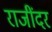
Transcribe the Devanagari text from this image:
राजींदर